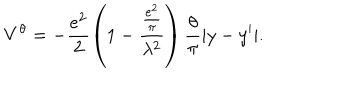
V ^ { \theta } = - \frac { { e ^ { 2 } } } { 2 } \left( { 1 - \frac { { \frac { { e ^ { 2 } } } { \pi } } } { { \lambda ^ { 2 } } } } \right) \frac { \theta } { \pi } | y - y ^ { \prime } | .